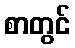
စာတွင်